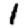
Digit: 1